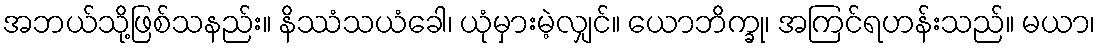
အဘယ်သို့ဖြစ်သနည်း။ နိဿံသယံခေါ၊ ယုံမှားမဲ့လျှင်။ ယောဘိက္ခု၊ အကြင်ရဟန်းသည်။ မယာ၊